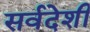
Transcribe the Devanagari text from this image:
सर्वदेशी